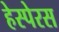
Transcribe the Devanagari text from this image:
हेस्पेरस